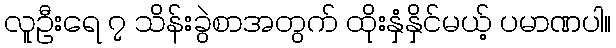
လူဦးရေ ၇ သိန်းခွဲစာအတွက် ထိုးနှံနှိင်မယ့် ပမာဏပါ။